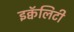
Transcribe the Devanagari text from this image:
इक्वॅलिटी